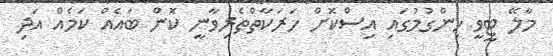
މާލޭ ޓީވީ ހިންގުމުގައި އިސްކޮށް ހަރަކާތްތެރިވާނީ ކޮން ބައެއް ކަމެއް އަދި